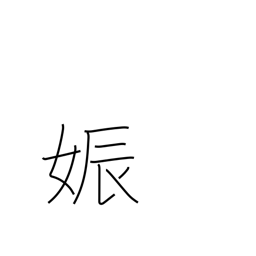
Meaning: pregnancy